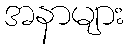
အနာများ